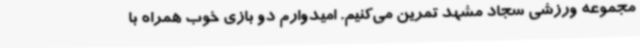
مجموعه ورزشی سجاد مشهد تمرین می‌کنیم. امیدوارم دو بازی خوب همراه با